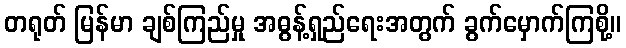
တရုတ် မြန်မာ ချစ်ကြည်မှု အဓွန့်ရှည်ရေးအတွက် ခွက်မှောက်ကြစို့။